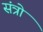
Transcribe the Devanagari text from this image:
संत्रो